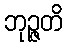
ဘုဉ္ဇတိ